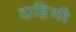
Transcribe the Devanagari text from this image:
दाहिणी